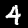
Label: 4